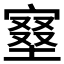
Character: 𡩿